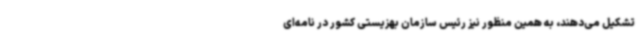
تشکیل می‌دهند، به همین منظور نیز رئیس سازمان بهزیستی کشور در نامه‌ای